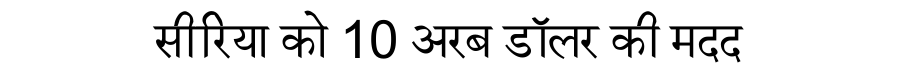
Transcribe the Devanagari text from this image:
सीरिया को 10 अरब डॉलर की मदद